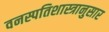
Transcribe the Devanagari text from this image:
वनस्पतिशास्त्रानुसार